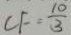
C F = \frac { 1 0 } { 3 }